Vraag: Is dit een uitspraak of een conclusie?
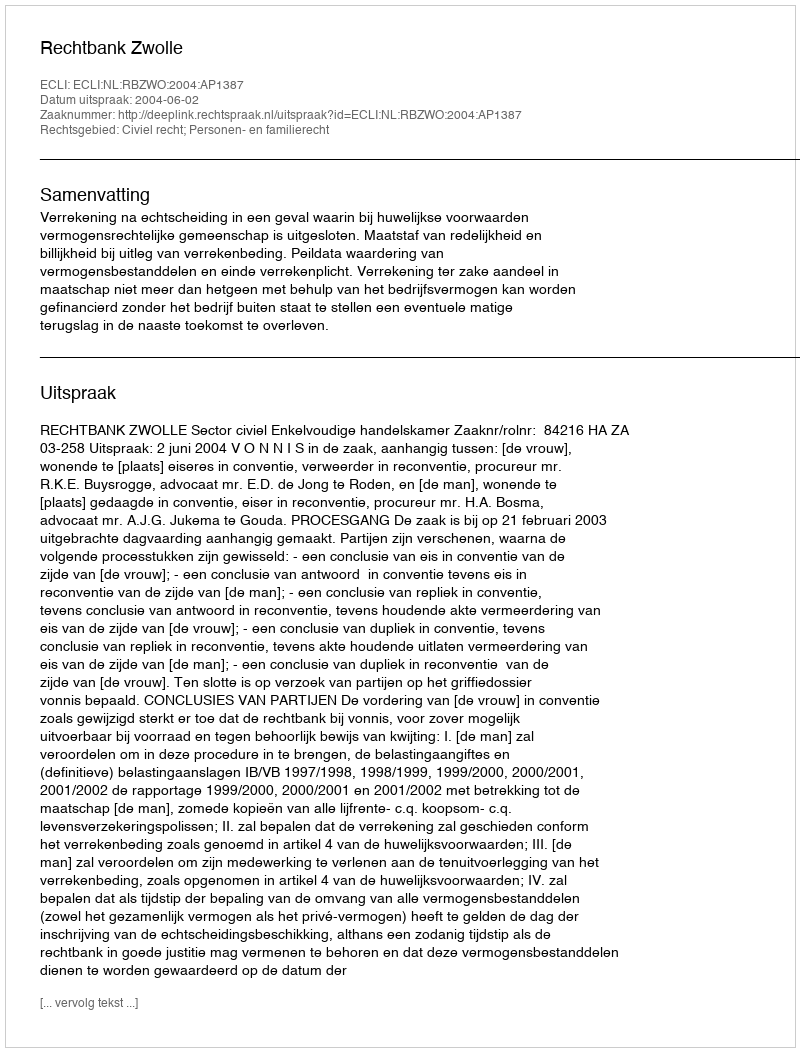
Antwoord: Uitspraak